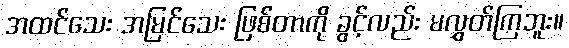
အထင်သေး အမြင်သေး ဖြစ်တာကို ခွင့်လည်း မလွှတ်ကြဘူး။